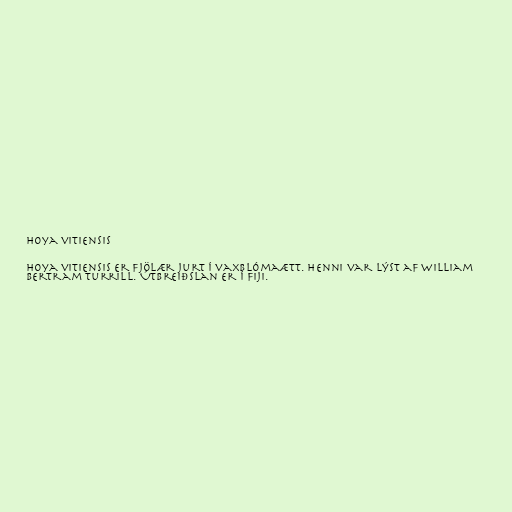
Hoya vitiensis

Hoya vitiensis er fjölær jurt í vaxblómaætt. Henni var lýst af William
Bertram Turrill. Útbreiðslan er í Fiji.